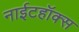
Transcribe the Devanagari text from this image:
नाईटहॉक्स